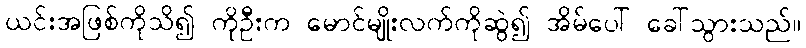
ယင်းအဖြစ်ကိုသိ၍ ကိုဦးက မောင်မျိုးလက်ကိုဆွဲ၍ အိမ်ပေါ် ခေါ်သွားသည်။